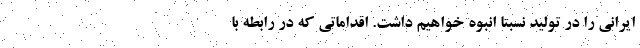
ایرانی را در تولید نسبتا انبوه خواهیم داشت. اقداماتی که در رابطه با